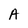
Character: A